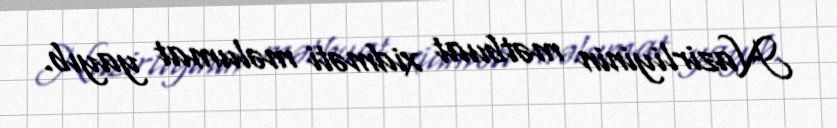
Nazirliyinin mətbuat xidməti məlumat yayıb.